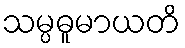
သမ္ပဓူမာယတိ